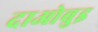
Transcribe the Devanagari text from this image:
दाओबुइ